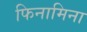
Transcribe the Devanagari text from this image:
फिनामिना